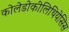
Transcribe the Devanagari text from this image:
कोलेडोकीलिथियेसिस